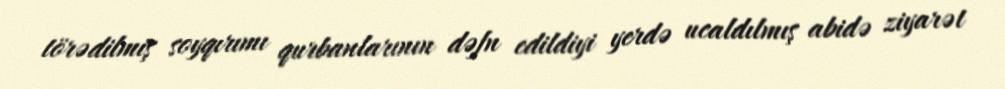
törədilmiş soyqırımı qurbanlarının dəfn edildiyi yerdə ucaldılmış abidə ziyarət